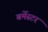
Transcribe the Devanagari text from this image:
बर्मेस्टर